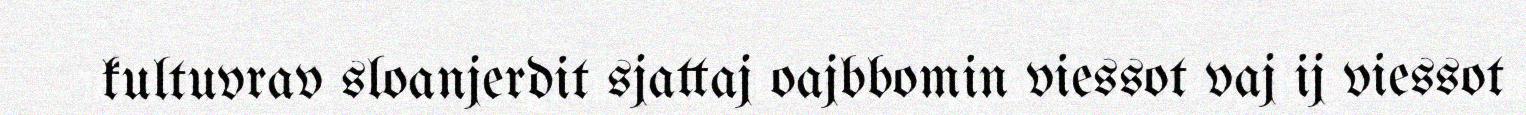
kultuvrav sloanjerdit sjattaj oajbbomin viessot vaj ij viessot